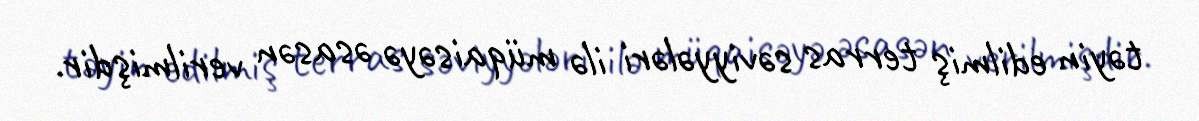
təyin edilmiş terras səviyyələri ilə müqaisəyə əsasən verilmişdir.